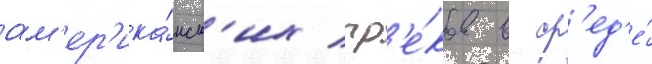
ам'ер'ика́нск'их гр'е́ков в ср'ед'е́